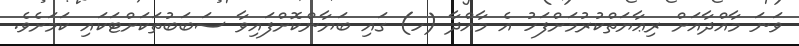
ވަނަ މާއްދާއަށް ރިޢާޔަތްކުރުމަށްފަހު އެ މާއްދާ (ހ) ގައި ބަޔާންކޮށްފައިވާ ސަބަބުތަކަށްޓަކައި ކަމަށެވެ.